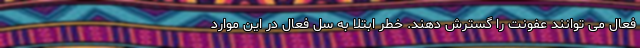
فعال می توانند عفونت را گسترش دهند. خطر ابتلا به سل فعال در این موارد